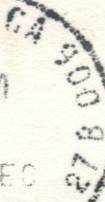
GA 900 872